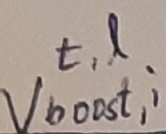
Text: t,1 Vboost,i